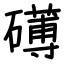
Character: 礡